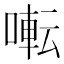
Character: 𫝚